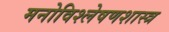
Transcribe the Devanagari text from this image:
मनोविश्लेषणशास्त्र